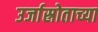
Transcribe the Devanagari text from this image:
उर्जास्रोताच्या